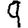
Digit: 9